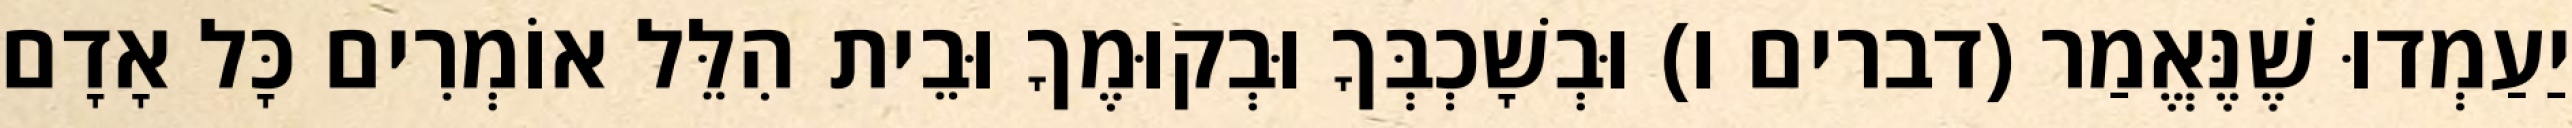
יַעַמְדוּ שֶׁנֶּאֱמַר (דברים ו) וּבְשָׁכְבְּךָ וּבְקוּמֶךָ וּבֵית הִלֵּל אוֹמְרִים כָּל אָדָם